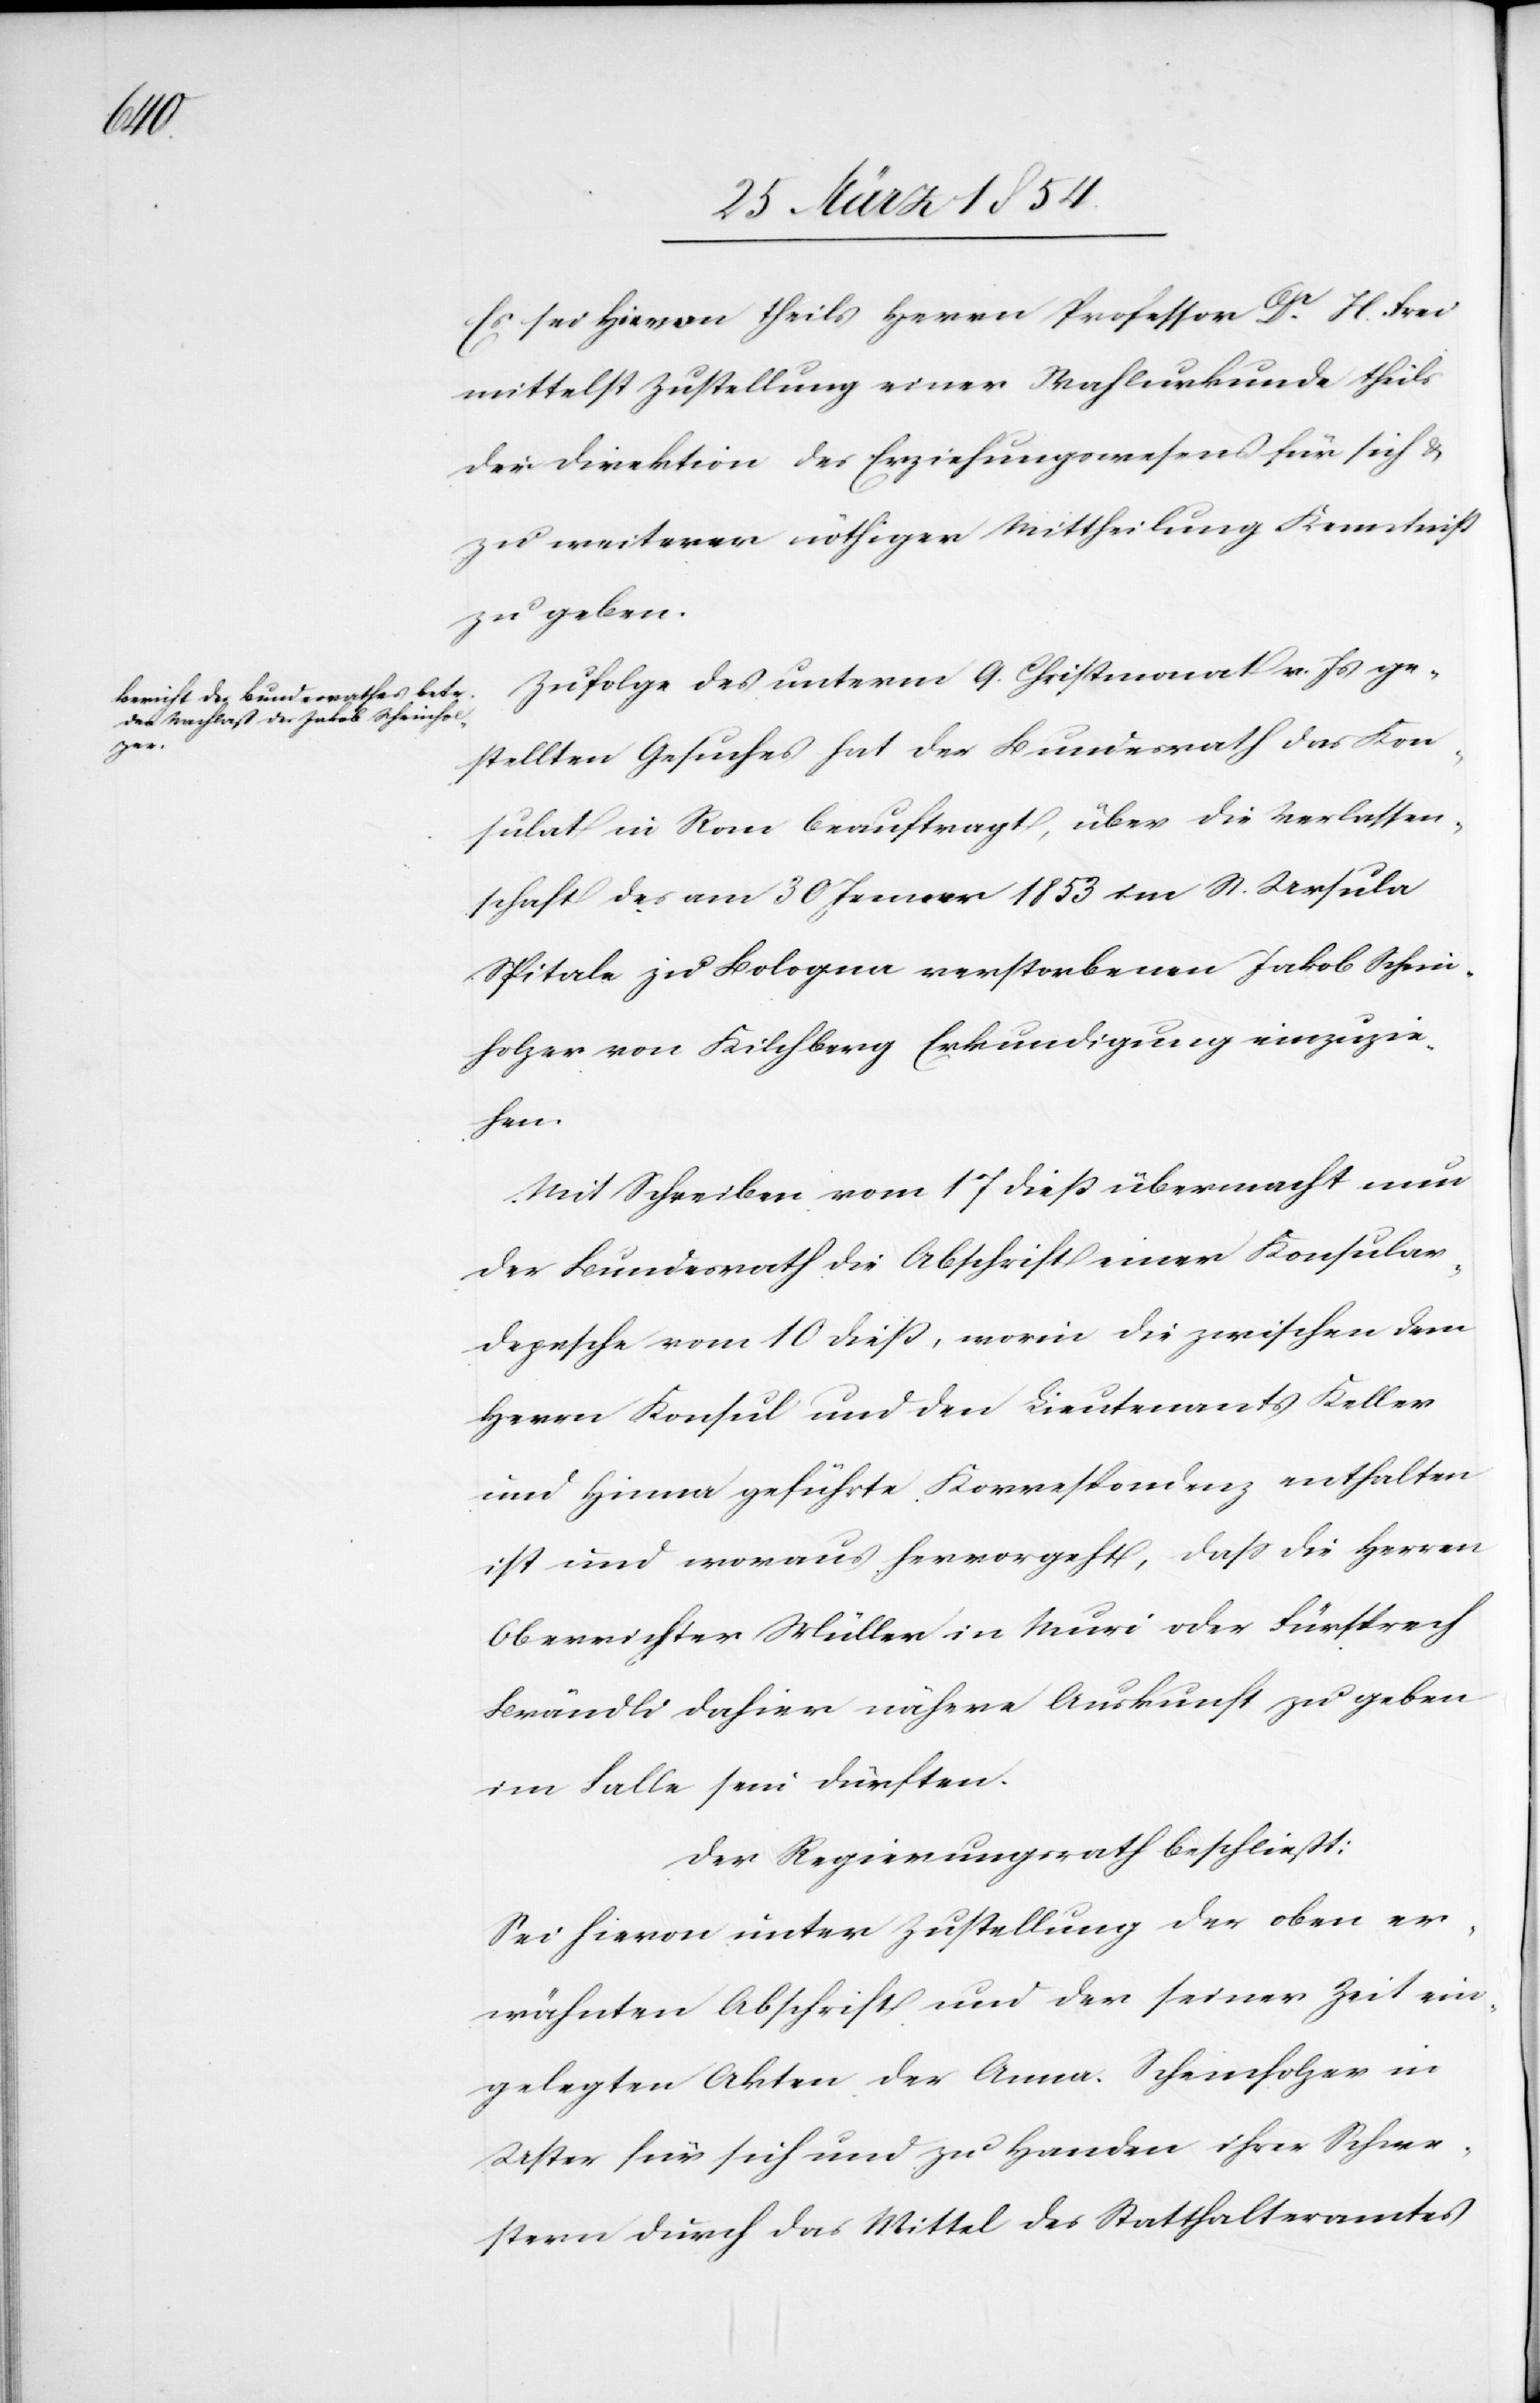
Es sei hievon theils Herrn Professor Dr H. Frei
mittelst Zustellung einer Wahlurkunde theils
der Direktion des Erziehungswesens für sich &
zu weiterer nöthiger Mittheilung Kenntniß
zu geben.
Zufolge des unterm 9. Christmonat v. Js ge¬
stellten Gesuches hat der Bundesrath das Kon¬
sulat in Rom beauftragt, über die Verlassen¬
schaft des am 30 Jenner 1853 im S. Ursula
Spitale zu Bologna verstorbenen Jakob Schein¬
holzer von Kilchberg Erkundigung einzuzie¬
hen.
Mit Schreiben vom 17 dieß übermacht nun
der Bundesrath die Abschrift einer Konsular¬
depesche vom 10 dieß, worin die zwischen dem
Herrn Konsul und den Lieutenants Keller
und Hinna geführte Korrespondenz enthalten
ist und woraus hervorgeht, daß die Herren
Oberrichter Müller in Muri oder Fürsprech
Brändli dahier nähere Auskunft zu geben
im Falle sein dürften.
Der Regierungsrath beschließt:
Sei hievon unter Zustellung der oben er¬
wähnten Abschrift und der seiner Zeit ein¬
gelegten Akten der Anna Scheinholzer in
Uster für sich und zu Handen ihrer Schwe¬
stern durch das Mittel des Statthalteramtes